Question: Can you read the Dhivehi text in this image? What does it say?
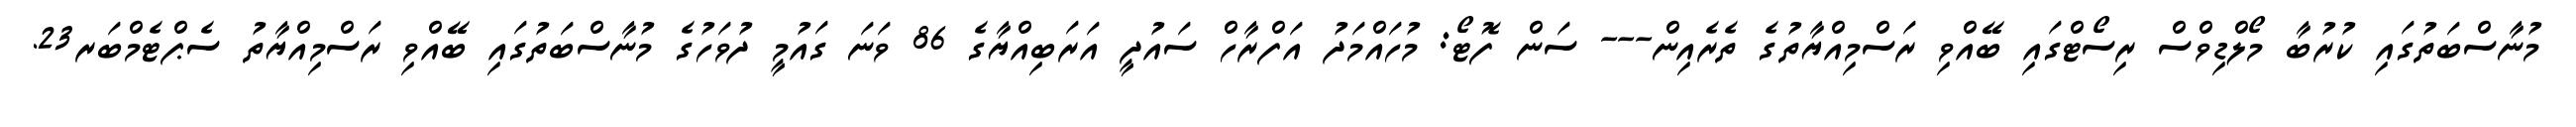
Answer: މުނާސްބަތުގައި ކުރުބާ މޯލްޑިވްސް ރިސޯޓްގައި ބޭއްވި ރަސްމިއްޔާތުގެ ތެރެއިން--- ސަން ފޮޓޯ: މުހައްމަދު އަފްރާހް ސައުދީ އަރަބިއްޔާގެ 86 ވަނަ ގައުމީ ދުވަހުގެ މުނާސްބަތުގައި ބޭއްވި ރަސްމިއްޔާތު ސެޕްޓެމްބަރ23.